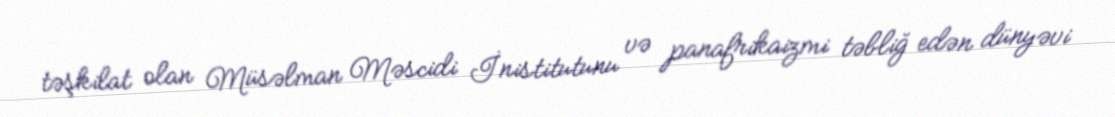
təşkilat olan Müsəlman Məscidi İnistitutunu və panafrikaizmi təbliğ edən dünyəvi